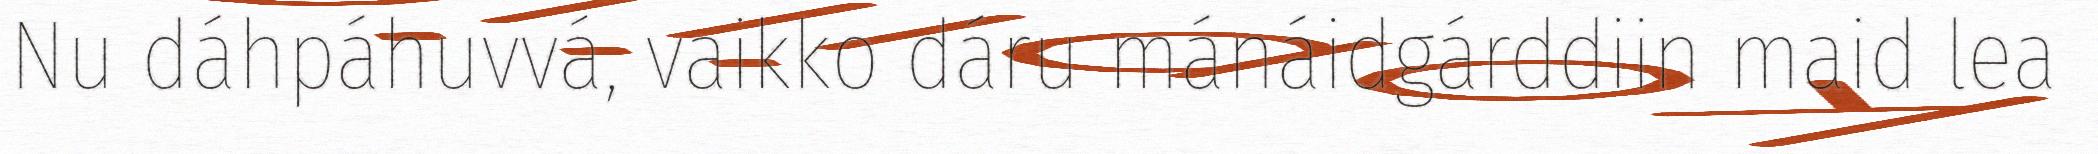
Nu dáhpáhuvvá, vaikko dáru mánáidgárddiin maid lea